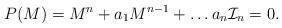
LaTeX: \begin{align*}P(M)= M^n + a_1 M^{n-1} + \dots a_n {\cal I}_n=0.\end{align*}